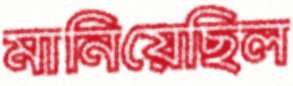
মানিয়েছিল